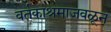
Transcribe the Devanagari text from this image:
वर्तकाश्रमाजवळून